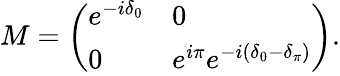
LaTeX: M=\left(\begin{array}{ll}{e^{-i\delta_{0}}}&{0}\\ {0}&{e^{i\pi}e^{-i(\delta_{0}-\delta_{\pi})}}\end{array}\right).